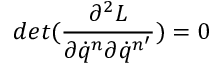
d e t ( \frac { \partial ^ { 2 } L } { \partial \dot { q } ^ { n } \partial \dot { q } ^ { n ^ { \prime } } } ) = 0